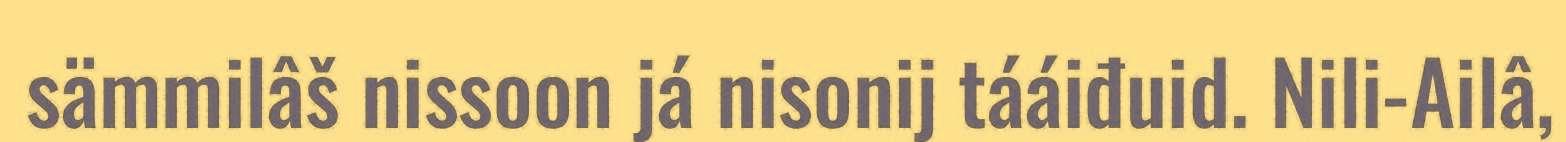
sämmilâš nissoon já nisonij tááiđuid. Nili-Ailâ,